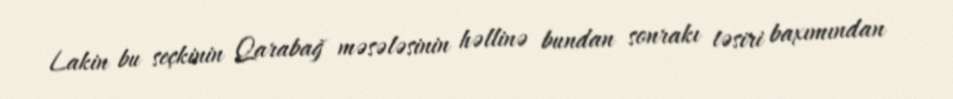
Lakin bu seçkinin Qarabağ məsələsinin həllinə bundan sonrakı təsiri baxımından